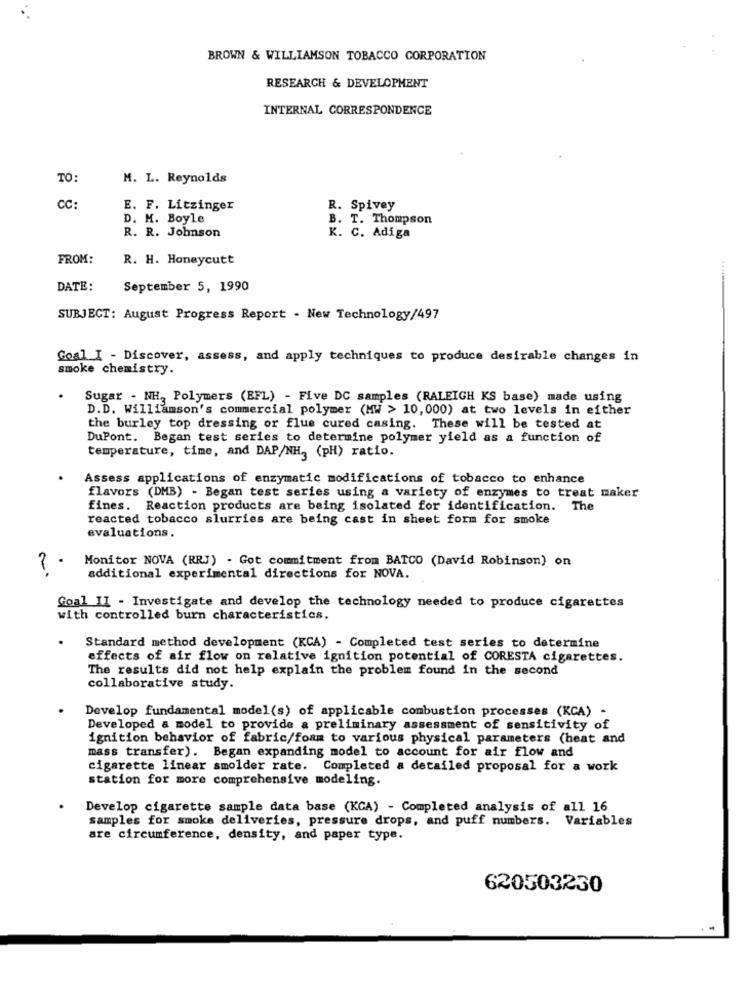
BROWN & WILLIAMSON TOBACCO CORPORATION
RESEARCH & DEVELOPMENT
INTERNAL CORRESPONDENCE
TO
M. L. Reynolds
CC:
E. F. Litzinger
R. Spivey
D. M. Boyle
B. T. Thompson
R. R. Johnson
K. C. Adiga
FROM:
R. H. Honeycutt
DATE:
September 5, 1990
SUBJECT: August Progress Report - New Technology/497
Goal I - Discover, assess, and apply techniques to produce desirable changes in
smoke chemistry.
Sugar - NH, Polymers (EFL) - Five DC samples (RALEIGH KS base) made using
D.D. Williamson's commercial polymer (MW > 10,000) at two levels in either
the burley top dressing or flue cured casing. These will be tested at
DuPont. Began test series to determine polymer yield as a function of
temperature, time, and DAP/NH3 (pH) ratio.
Assess applications of enzymatic modifications of tobacco to enhance
flavors (DMB) - Began test series using a variety of enzymes to treat maker
fines. Reaction products are being isolated for identification. The
reacted tobacco slurries are being cast in sheet form for smoke
evaluations.
Monitor NOVA (RRJ) - Got commitment from BATCO (David Robinson) on
additional experimental directions for NOVA.
Goal II - Investigate and develop the technology needed to produce cigarettes
with controlled burn characteristics.
Standard method development (KCA) - Completed test series to determine
effects of air flow on relative ignition potential of CORESTA cigarettes.
The results did not help explain the problem found in the second
collaborative study.
Develop fundamental model(s) of applicable combustion processes (KCA) -
Developed a model to provide a preliminary assessment of sensitivity of
ignition behavior of fabric/foam to various physical parameters (heat and
mass transfer). Began expanding model to account for air flow and
cigarette linear smolder rate. Completed a detailed proposal for a work
station for more comprehensive modeling.
Develop cigarette sample data base (KCA) - Completed analysis of all 16
samples for smoke deliveries, pressure drops, and puff numbers. Variables
are circumference, density, and paper type.
620503230